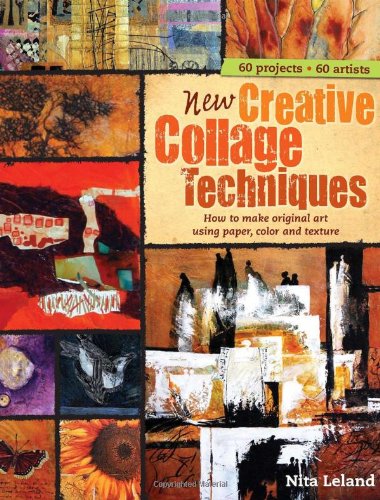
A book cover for New Creative Collage Techniques: How to Make Original Art Using Paper, Color and Texture; Nita Leland; Crafts, Hobbies & Home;